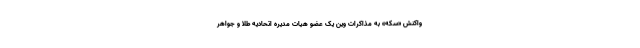
واکنش «سکه» به مذاکرات وین یک عضو هیات مدیره اتحادیه طلا و جواهر